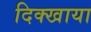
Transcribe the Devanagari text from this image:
दिक्खाया